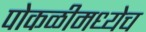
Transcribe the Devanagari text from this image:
पोकळीमध्येच